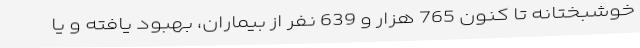
خوشبختانه تا کنون 765 هزار و 639 نفر از بیماران، بهبود یافته و یا